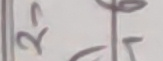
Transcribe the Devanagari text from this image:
२ छर